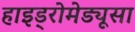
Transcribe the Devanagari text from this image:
हाइड्रोमेड्यूसा